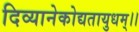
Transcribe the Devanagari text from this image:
दिव्यानेकोद्यतायुधम्‌।।